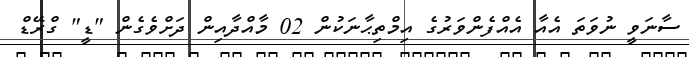
ސާނަވީ ނުވަތަ އެއާ އެއްފެންވަރުގެ އިމްތިޙާނަކުން 02 މާއްދާއިން ދަށްވެގެން "ޑީ" ގްރޭޑް